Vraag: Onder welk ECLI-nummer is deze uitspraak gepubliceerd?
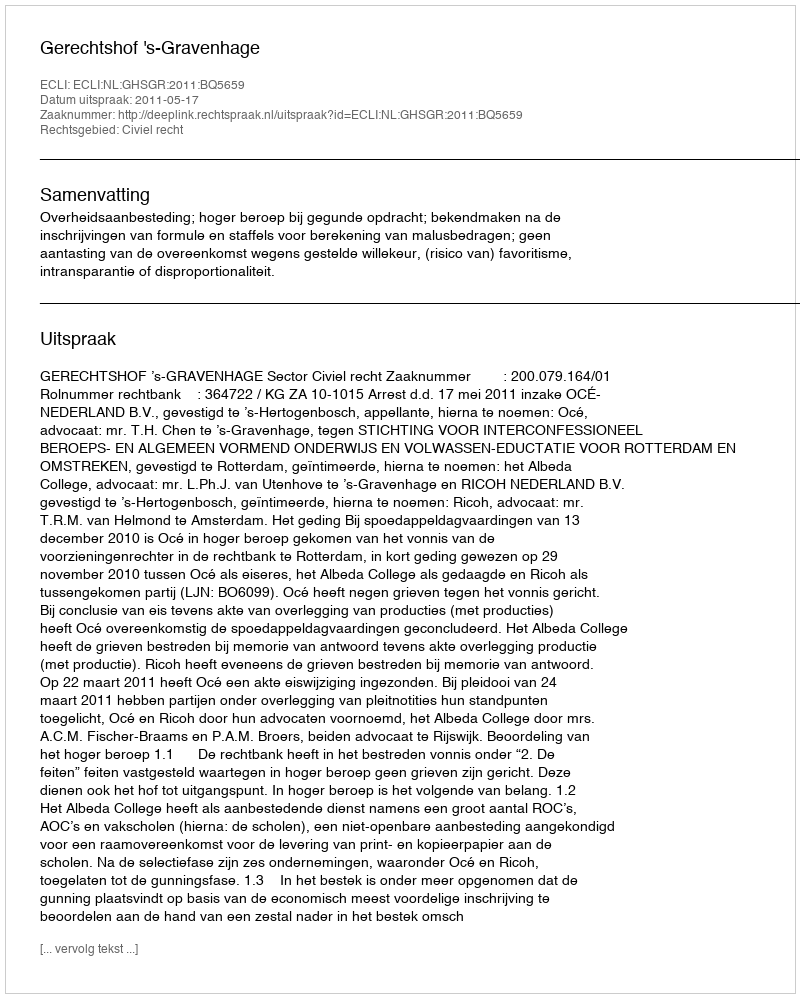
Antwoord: ECLI:NL:GHSGR:2011:BQ5659